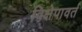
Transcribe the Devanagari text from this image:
विक्षेपावर्त